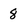
Character: 8